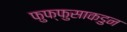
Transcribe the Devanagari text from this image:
फुफ्फुसाकडुन